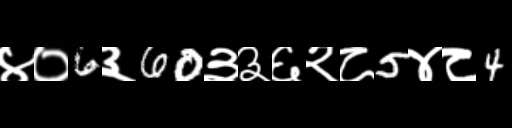
Text: ४०6३60३३६२८5४८4